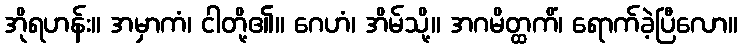
အိုရဟန်း။ အမှာကံ၊ ငါတို့၏။ ဂေဟံ၊ အိမ်သို့။ အဂမိတ္ထကိံ၊ ရောက်ခဲ့ပြီလော။